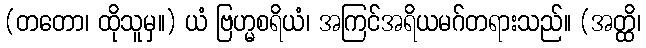
(တတော၊ ထိုသူမှ။) ယံ ဗြဟ္မစရိယံ၊ အကြင်အရိယမဂ်တရားသည်။ (အတ္ထိ၊